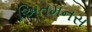
અિતમનસ